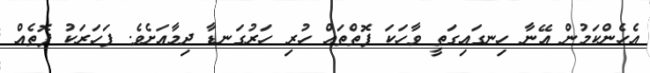
އެހެންކަމުން އޭނާ ހިނގައިގަތީ ވާހަކަ ފޮތްތައް ހުރި ހަރުގަނޑާ ދިމާއަށެވެ. ފަހަރަކު ފޮތެއް